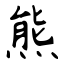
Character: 熊